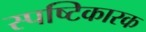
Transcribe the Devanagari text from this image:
स्पष्टिकारक